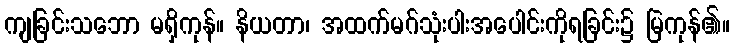
ကျခြင်းသဘော မရှိကုန်။ နိယတာ၊ အထက်မဂ်သုံးပါးအပေါင်းကိုရခြင်း၌ မြဲကုန်၏။